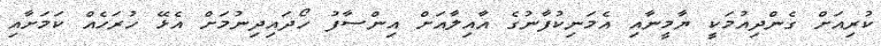
ކުރިއަށް ގެންދިއުމަކީ ޔާމީނާއި އެމަނިކުފާނުގެ އާއިލާއަށް އިންސާފު ހޯދައިދިނުމަށް އެޅޭ ހުރަހެއް ކަމަށާއި